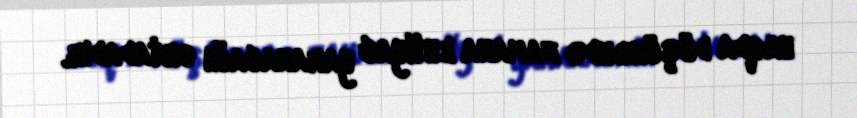
haqda düşünəndə zamana ehtiyac yaranacağı ortadadır.